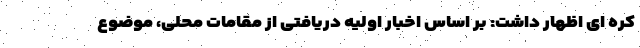
کره ای اظهار داشت: بر اساس اخبار اولیه دریافتی از مقامات محلی، موضوع